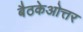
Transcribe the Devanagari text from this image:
बैठकेओत्तर